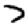
Digit: 7